Report of an investigation of the epidemic of malarial fever in Assam, or, kala-azar
Disease focus: Malaria
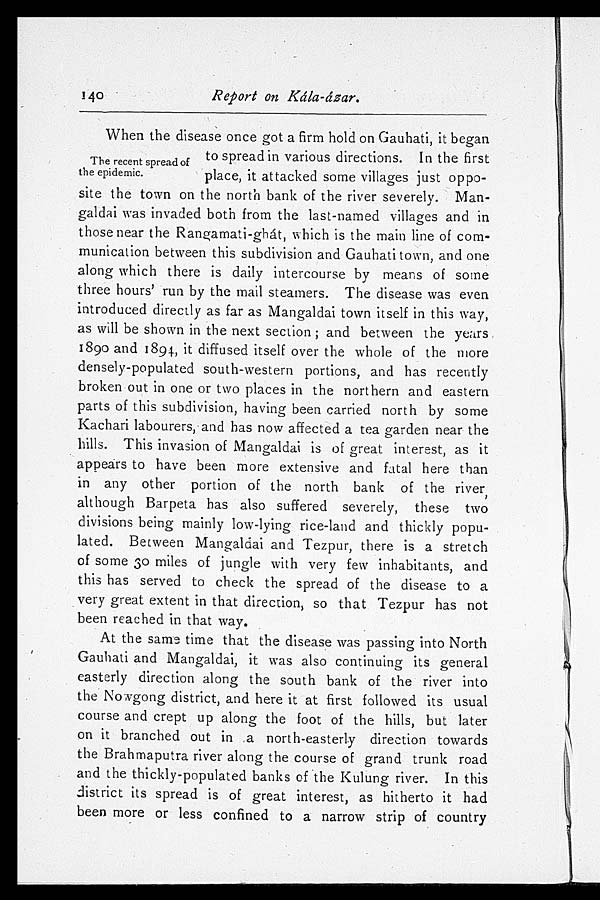
140
Report on Kála-ázar.
When the disease once got a firm hold on Gauhati, it began
to spread in various directions. In the first
place, it attacked some villages just oppo-
site the town on the north bank of the river severely. Man-
galdai was invaded both from the last-named villages and in
those near the Rangamati-ghát, which is the main line of com-
munication between this subdivision and Gauhati town, and one
along which there is daily intercourse by means of some
three hours' run by the mail steamers. The disease was even
introduced directly as far as Mangaldai town itself in this way,
as will be shown in the next section; and between the years
1890 and 1894, it diffused itself over the whole of the more
densely-populated south-western portions, and has recently
broken out in one or two places in the northern and eastern
parts of this subdivision, having been carried north by some
Kachari labourers, and has now affected a tea garden near the
hills. This invasion of Mangaldai is of great interest, as it
appears to have been more extensive and fatal here than
in any other portion of the north bank of the river,
although Barpeta has also suffered severely, these two
divisions being mainly low-lying rice-land and thickly popu-
lated. Between Mangaldai and Tezpur, there is a stretch
of some 30 miles of jungle with very few inhabitants, and
this has served to check the spread of the disease to a
very great extent in that direction, so that. Tezpur has not
been reached in that way.
At the same time that the disease was passing into North
Gauhati and Mangaldai, it was also continuing its general
easterly direction along the south bank of the river into
the Nowgong district, and here it at first followed its usual
course and crept up along the foot of the hills, but later
on it branched out in a north-easterly direction towards
the Brahmaputra river along the course of grand trunk road
and the thickly-populated banks of the Kulung river. In this
district its spread is of great interest, as hitherto it had
been more or less confined to a narrow strip of country
The recent spread of
the epidemic.